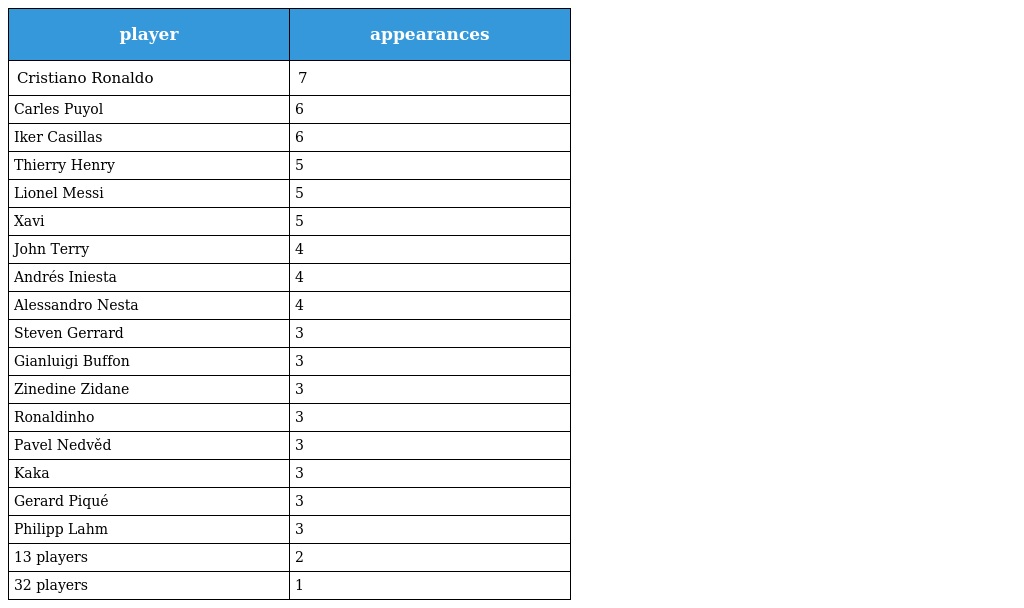
| player | appearances |
 | --- | --- |
 | Cristiano Ronaldo | 7 |
 | Carles Puyol | 6 |
 | Iker Casillas | 6 |
 | Thierry Henry | 5 |
 | Lionel Messi | 5 |
 | Xavi | 5 |
 | John Terry | 4 |
 | Andrés Iniesta | 4 |
 | Alessandro Nesta | 4 |
 | Steven Gerrard | 3 |
 | Gianluigi Buffon | 3 |
 | Zinedine Zidane | 3 |
 | Ronaldinho | 3 |
 | Pavel Nedvěd | 3 |
 | Kaka | 3 |
 | Gerard Piqué | 3 |
 | Philipp Lahm | 3 |
 | 13 players | 2 |
 | 32 players | 1 |